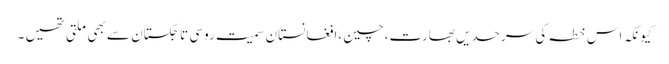
کیونکہ اس خطہ کی سرحدیں بھارت،چین ،افغانستان سمیت روسی تاجکستان سے بھی ملتی تھیں ۔